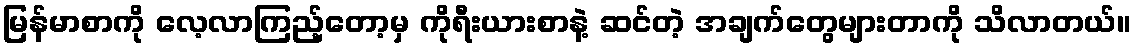
မြန်မာစာကို လေ့လာကြည့်တော့မှ ကိုရီးယားစာနဲ့ ဆင်တဲ့ အချက်တွေများတာကို သိလာတယ်။